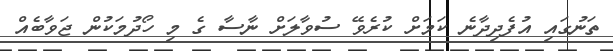
ތަނުގައި އުފެދިދާނެ ކަމަށް ކުރެވޭ ސުވާލަށް ނާސާ ގެ މި ހޯދުމަކުން ޖަވާބެއް